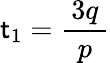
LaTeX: \mathsf{t}_{1}={\frac{{\, 3q\, }}{{p}}}